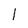
Character: I